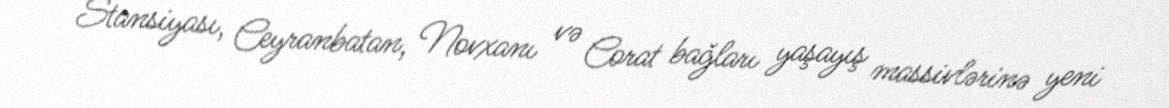
Stansiyası, Ceyranbatan, Novxanı və Corat bağları yaşayış massivlərinə yeni